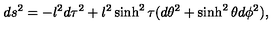
d s ^ { 2 } = - l ^ { 2 } d \tau ^ { 2 } + l ^ { 2 } \sinh ^ { 2 } \tau ( d \theta ^ { 2 } + \sinh ^ { 2 } \theta d \phi ^ { 2 } ) ,